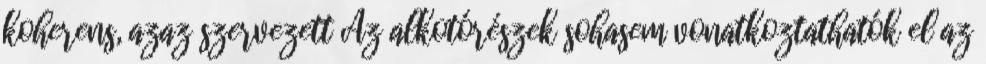
koherens, azaz szervezett Az alkotórészek sohasem vonatkoztathatók el az